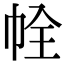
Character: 𢂘